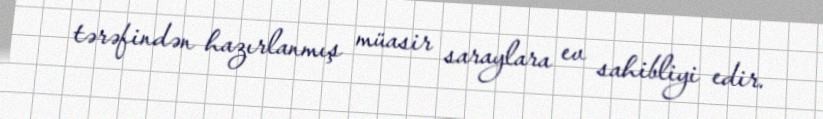
tərəfindən hazırlanmış müasir saraylara ev sahibliyi edir.